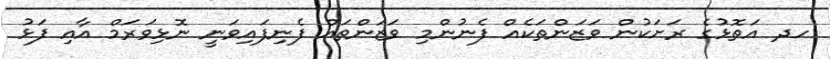
ހދ އަތޮޅުގެ ރަށަކުން ވަޒަންތަކެއް ފެނުންމި ވަޒަންތައް ފެނިފައިވަނީ ނޮޅިވަރަމް އާއި ފަޅު